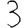
Digit: 3